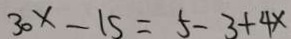
3 0 x - 1 5 = 5 - 3 + 4 x